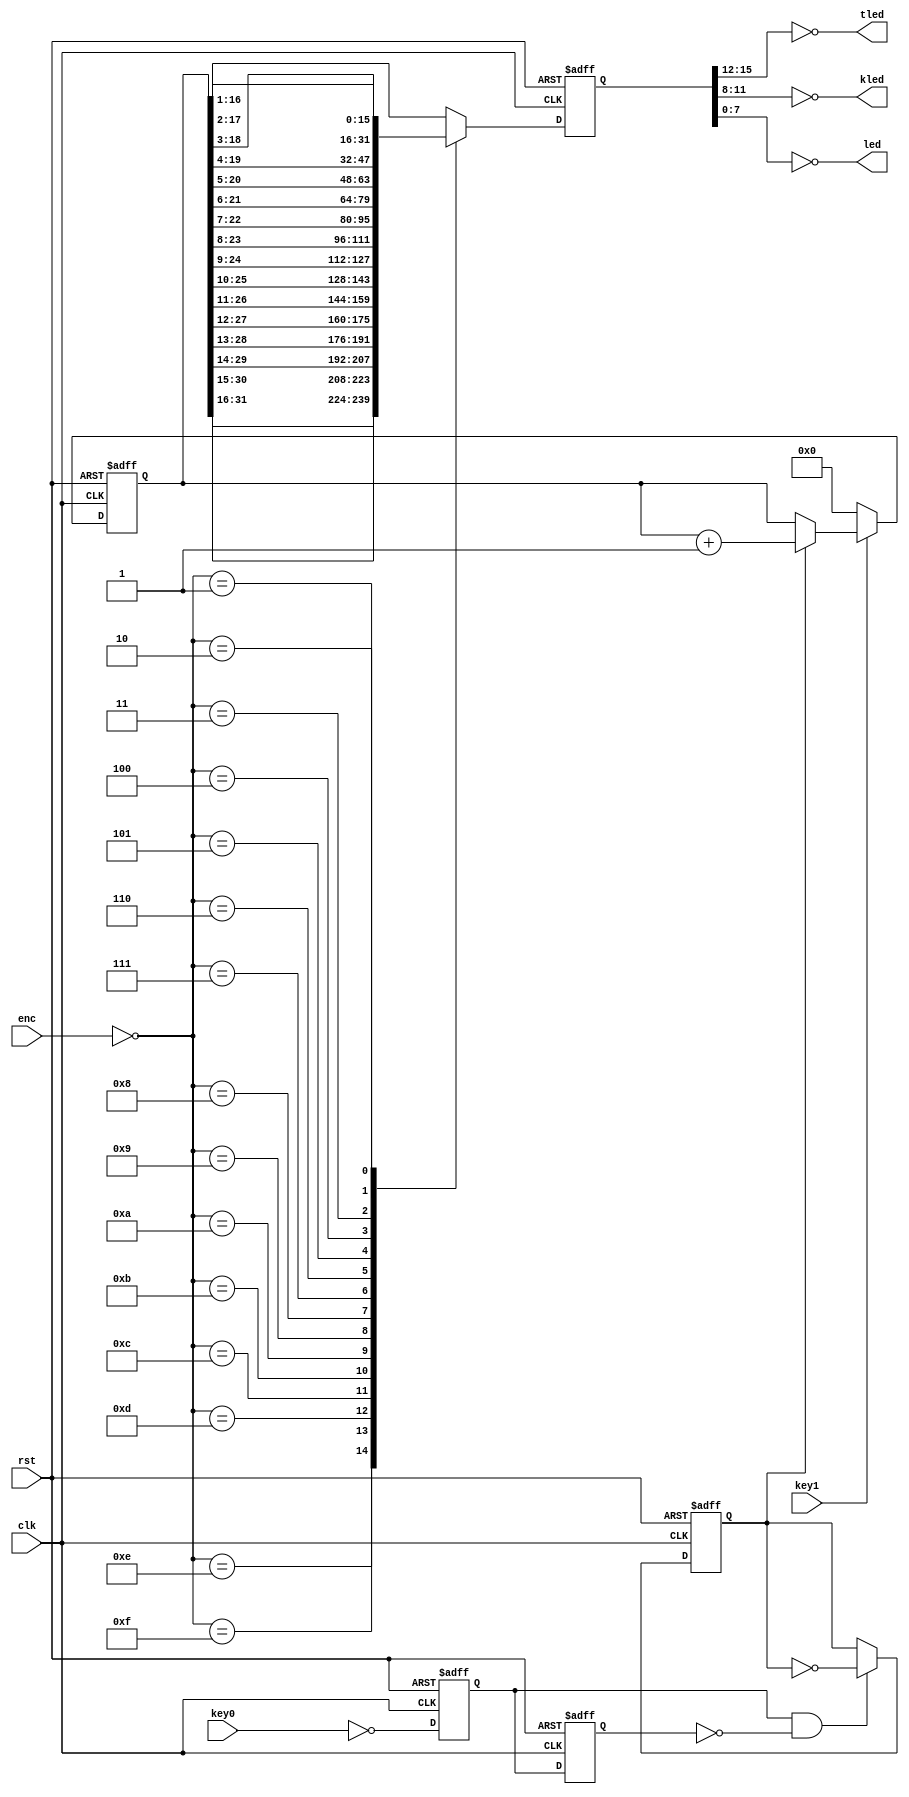
`timescale 1ns / 1ps

module cnt_led
(
input rst,clk,
input key1, key0,
input [3:0] enc,
output [3:0] kled, tled,
output [7:0] led
);

wire krst, ksel;

reg k0,k1;
reg cnt_md;

reg [31:0] cnt;
reg [15:0] qout;

assign ksel = ~key0;
assign krst = key1;

always@(negedge rst, posedge clk)
if(rst == 0 )
    begin 
        k0 <= 0;
        k1 <= 0;
        cnt_md <= 0;
    end 
else
    begin
            k0 <= ksel;
            k1 <= k0;
            if(k0 & ~k1)
                cnt_md <= ~cnt_md;
    end 

//Counter    
    
always@(negedge rst, posedge clk)
if(rst ==0)
    cnt <= 0;
else
    if(krst ==0)
        cnt <= 0;
    else if(cnt_md == 1)
        cnt <= cnt +1;
        
// output selection      
always@(negedge rst, posedge clk)
if(rst == 0)
    qout <=0;
else
    case (~enc)

        4'hf    :  qout <= cnt[31:16];      
        4'he    :  qout <= cnt[30:15];      
        4'hd    :  qout <= cnt[29:14];      
        4'hc    :  qout <= cnt[28:13];
        4'hb    :  qout <= cnt[27:12];      
        4'ha    :  qout <= cnt[26:11];      
        4'h9    :  qout <= cnt[25:10];      
        4'h8    :  qout <= cnt[24:9];     
        4'h7    :  qout <= cnt[23:8];      
        4'h6    :  qout <= cnt[22:7];      
        4'h5    :  qout <= cnt[21:6];      
        4'h4    :  qout <= cnt[20:5];    
        4'h3    :  qout <= cnt[19:4];      
        4'h2    :  qout <= cnt[18:3];      
        4'h1    :  qout <= cnt[17:2];      
        default    :  qout <= cnt[16:1];    
    endcase 
    
//fpga output port assign 
assign tled = ~qout[15:12];
assign kled = ~qout[11:8];
assign led = ~qout[7:0];

endmodule